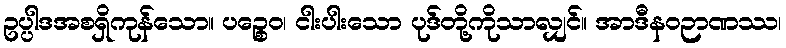
ဥပ္ပါဒအစရှိကုန်သော။ ပဉ္စေဝ၊ ငါးပါးသော ပုဒ်တို့ကိုသာလျှင်။ အာဒီနဝဉာဏဿ၊